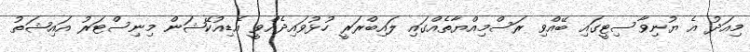
މިއަދު އެ ޔުނިވާސިޓީގައި ބޭއްވި ރަސްމިއްޔާތެއްގައި ލައިބްރަރީ ހުޅުވައިދެއްވީ އެޑިއުކޭޝަން މިނިސްޓަރު އައިޝަތު